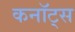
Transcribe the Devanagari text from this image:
कनॉट्स